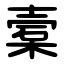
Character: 槖